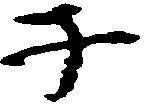
子